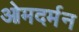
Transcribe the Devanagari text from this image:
ओमदर्मन